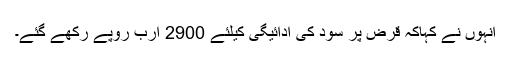
انہوں نے کہاکہ قرض پر سود کی ادائیگی کیلئے 2900 ارب روپے رکھے گئے۔